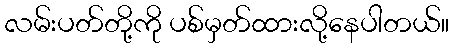
လမ်းပတ်တို့ကို ပစ်မှတ်ထားလို့နေပါတယ်။